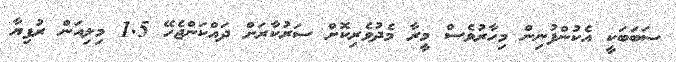
ސަބަބަކީ އެކުންފުނިން މިހާރުވެސް މީރާ މެދުވެރިކޮށް ސަރުކާރަށް ދައްކަންޖެހޭ 1.5 މިލިއަން ރުފިޔާ